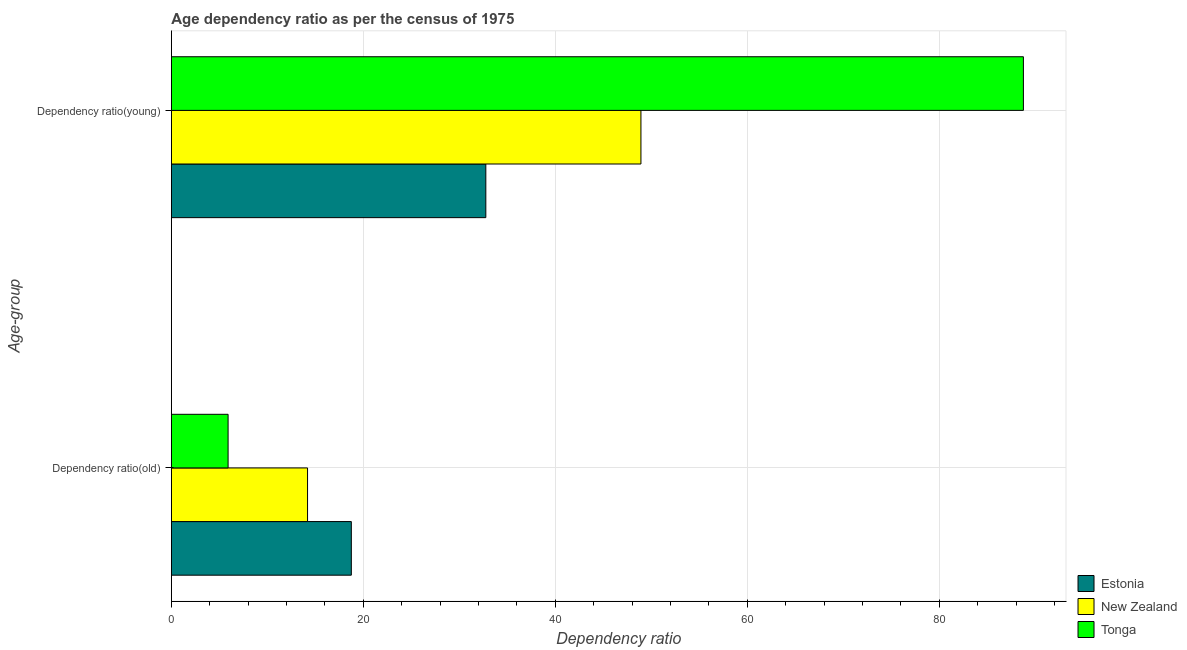
| Age-group | Estonia | New Zealand | Tonga |
 | --- | --- | --- | --- |
 | Dependency ratio(old) | 18.7 | 14.2 | 5.91 |
 | Dependency ratio(young) | 32.8 | 48.9 | 88.8 |